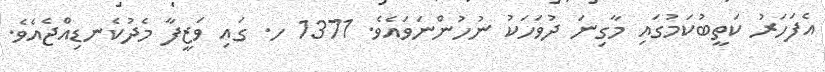
އެފަހަރު ކަތީބުކަމުގައި މާގިނަ ދުވަހަކު ނުހުންނަވައެވެ. 1371 ހ. ގައި ވަޒީފާ މެދުކެނޑިއްޖެއެވެ.